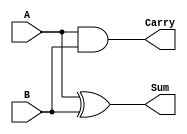
module half_adder (
    input wire A,    // First input bit
    input wire B,    // Second input bit
    output wire Sum, // Output representing the sum
    output wire Carry // Output representing the carry
);

// Logic for Sum and Carry
assign Sum = A ^ B;     // Sum is the XOR of A and B
assign Carry = A & B;   // Carry is the AND of A and B

endmodule